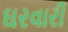
ઘરવારી